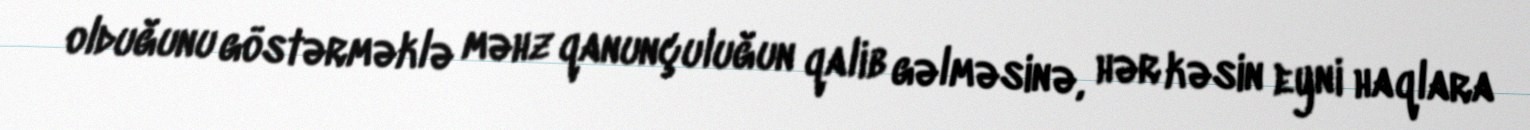
olduğunu göstərməklə məhz qanunçuluğun qalib gəlməsinə, hər kəsin eyni haqlara